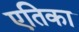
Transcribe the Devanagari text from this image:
एतिका